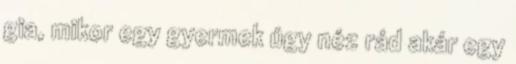
gia, mikor egy gyermek úgy néz rád akár egy